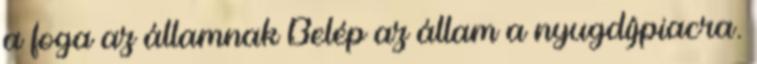
a foga az államnak Belép az állam a nyugdíjpiacra.